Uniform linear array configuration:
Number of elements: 8
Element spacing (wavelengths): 0.5
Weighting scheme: kaiser
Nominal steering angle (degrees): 0
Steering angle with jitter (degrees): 1.16
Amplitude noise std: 0.05
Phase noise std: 0.05

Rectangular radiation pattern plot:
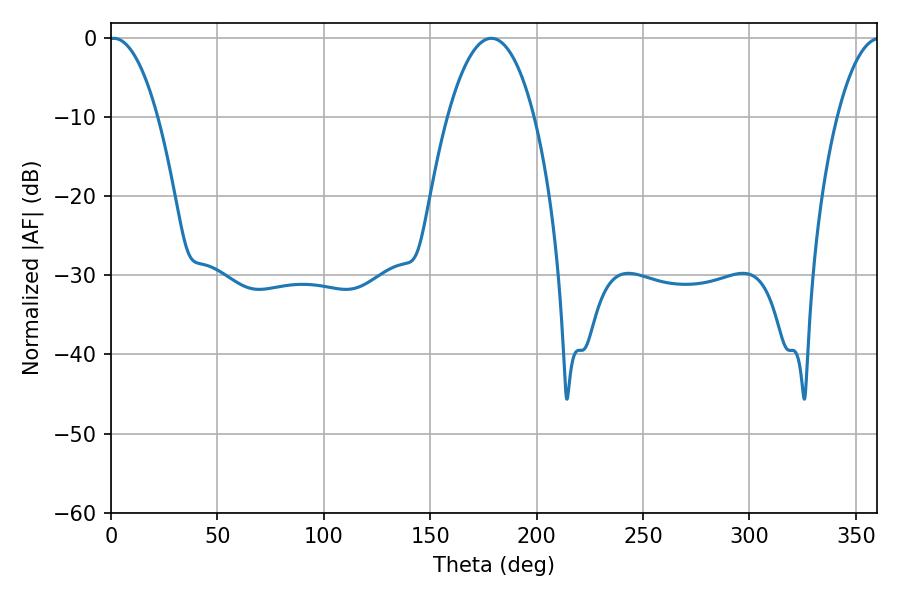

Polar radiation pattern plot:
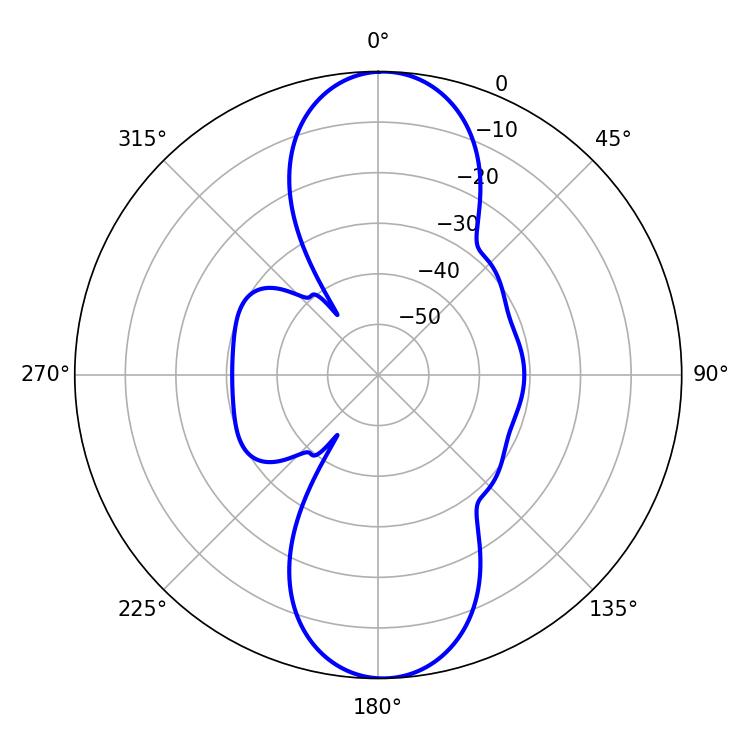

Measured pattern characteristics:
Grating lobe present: FALSE
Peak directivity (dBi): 19.643
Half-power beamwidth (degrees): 12.6
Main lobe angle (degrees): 1.26